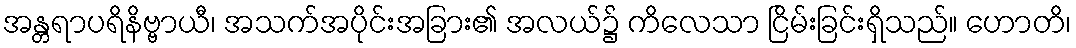
အန္တရာပရိနိဗ္ဗာယီ၊ အသက်အပိုင်းအခြား၏ အလယ်၌ ကိလေသာ ငြိမ်းခြင်းရှိသည်။ ဟောတိ၊